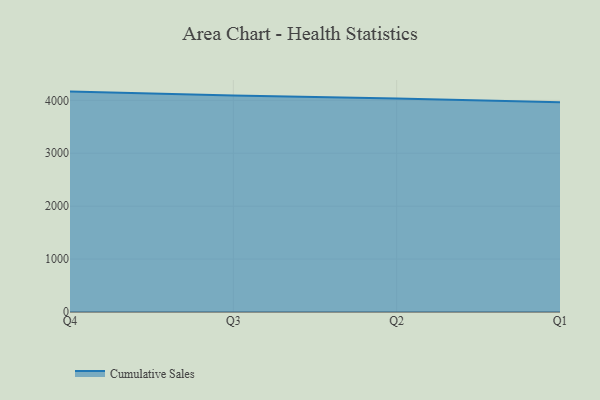
{"axis": {"x": "Quarter", "y": "Website Visitors"}, "legend": ["Cumulative Sales"], "data": [{"x": "Q4", "y": 4164.7, "type": "Cumulative Sales"}, {"x": "Q3", "y": 4089.9, "type": "Cumulative Sales"}, {"x": "Q2", "y": 4032.2, "type": "Cumulative Sales"}, {"x": "Q1", "y": 3965.5, "type": "Cumulative Sales"}]}